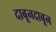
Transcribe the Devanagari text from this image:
दाबूनदाबून